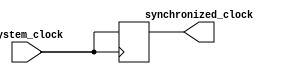
module Timing_Control_and_Synchronization (
    input wire system_clock,
    output wire synchronized_clock
);

// Timing control module for generating synchronized clock signals
always @ (posedge system_clock) begin
    // Synchronize the clock signal with system clock
    synchronized_clock <= system_clock;
end

endmodule